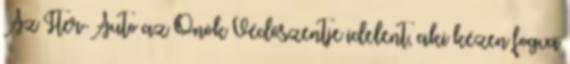
Az Iter-Auto az Önök Védőszentje idelent, aki kézen fogva